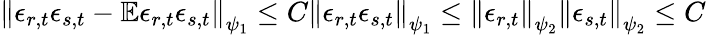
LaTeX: \left\lVert\epsilon_{r,t}\epsilon_{s,t}-\mathbb{E}\epsilon_{r,t}\epsilon_{s,t}\right\rVert_{\psi_{1}}\leq C\left\lVert\epsilon_{r,t}\epsilon_{s,t}\right\rVert_{\psi_{1}}\leq\left\lVert\epsilon_{r,t}\right\rVert_{\psi_{2}}\left\lVert\epsilon_{s,t}\right\rVert_{\psi_{2}}\leq C